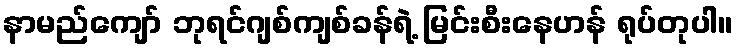
နာမည်ကျော် ဘုရင်ဂျစ်ကျစ်ခန်ရဲ့ မြင်းစီးနေဟန် ရုပ်တုပါ။